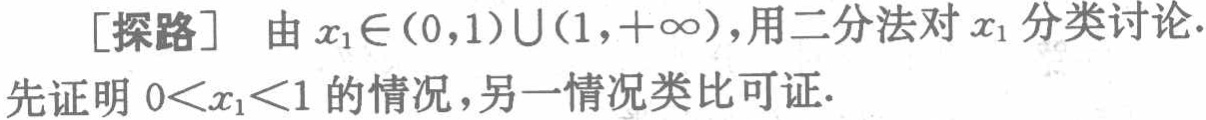
[探路] 由\(x_{1}\in(0,1)\cup(1,+\infty)\)，用二分法对\(x_{1}\)分类讨论.
先证明\(0<x_{1}<1\)的情况，另一情况类比可证.